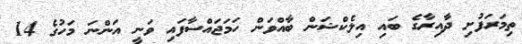
ތިމަރަފުށި ދާއިރާގެ ބައި އިލެކްޝަން ބާއްވަން ހަމަޖައްސާފައި ވަނީ އަންނަ މަހުގެ 14